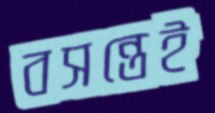
বসন্তেই